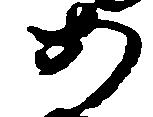
あ